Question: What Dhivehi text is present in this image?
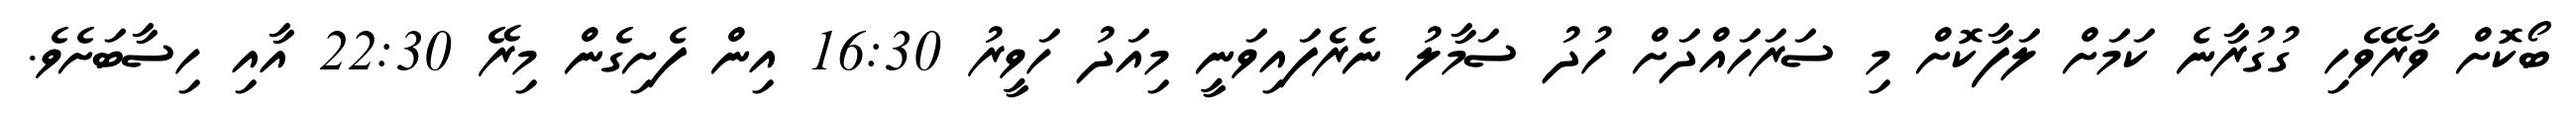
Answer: ބޯކޮށް ވާރޭވެހި ގުގުރާނެ ކަމަށް ލަފާކޮށް މި ސަރަހައްދަށް ހުދު ސަމާލު ނެރެފައިވަނީ މިއަދު ހަވީރު 16:30 އިން ފެށިގެން މިރޭ 22:30 އާއި ހިސާބަށެވެ.